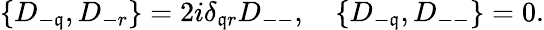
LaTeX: \{ D_{-\mathfrak{q}},D_{-r}\} ={2i}\delta_{\mathfrak{q}r}D_{--},\quad\{ D_{-\mathfrak{q}},D_{--}\} =0.